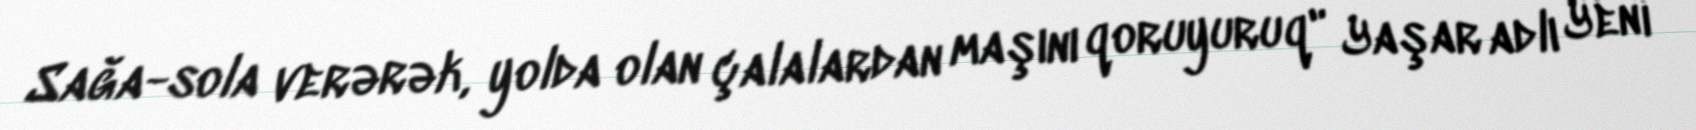
Sağa-sola verərək, yolda olan çalalardan maşını qoruyuruq" Yaşar adlı Yeni